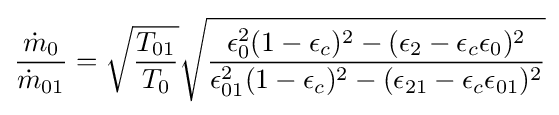
{\frac {{\dot {m}}_{0}}{{\dot {m}}_{01}}}={\sqrt {\frac {T_{01}}{T_{0}}}}{\sqrt {\frac {\epsilon _{0}^{2}(1-\epsilon _{c})^{2}-(\epsilon _{2}-\epsilon _{c}\epsilon _{0})^{2}}{\epsilon _{01}^{2}(1-\epsilon _{c})^{2}-(\epsilon _{21}-\epsilon _{c}\epsilon _{01})^{2}}}}